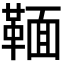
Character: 𩋠